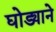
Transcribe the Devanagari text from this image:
घोड्याने